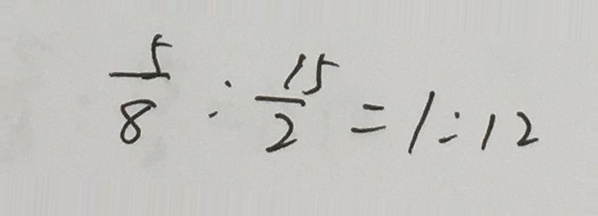
\frac { 5 } { 8 } : \frac { 1 5 } { 2 } = 1 : 1 2